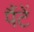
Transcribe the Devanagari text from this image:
पैंटें